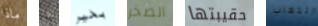
ماذا لم بخير الصخر حقيبتها الذهاب